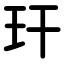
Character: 玕